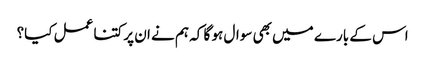
اس کے بارے میں بھی سوال ہو گا کہ ہم نے ان پر کتنا عمل کیا؟